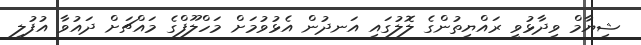
ޝިޔާމް ވިދާޅުވީ ރައްޔިތުންގެ ލޮލުގައި އަނދުން އެޅުވުމަށް މަހްލޫފްގެ މައްޗަށް ދައުވާ އުފުލި